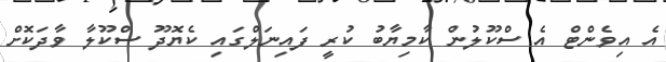
އެ އިވެންޓް އެ ސްކޫލުން ކާމިޔާބު ކުރީ ފައިނަލްގައި ކެޔޮދޫ ސްކޫލާ ވާދަކޮށް